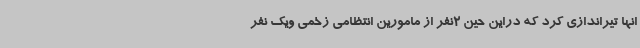
انها تیراندازی کرد که دراین حین 2نفر از مامورین انتظامی زخمی ویک نفر